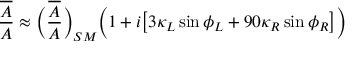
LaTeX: { \frac { \overline { { { A } } } } { A } } \approx \biggl ( { \frac { \overline { { { A } } } } { A } } \biggr ) _ { S M } \biggl ( 1 + i \bigl [ 3 \kappa _ { L } \sin \phi _ { L } + 9 0 \kappa _ { R } \sin \phi _ { R } \bigr ] \biggr )